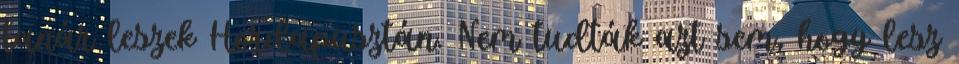
tanár leszek Hordapusztán. Nem tudták azt sem, hogy lesz